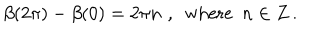
\beta ( 2 \pi ) - \beta ( 0 ) = 2 \pi n \, \, , \, \, \, \mathrm { w h e r e } \, \, \, n \in Z \, .